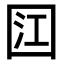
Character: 𭍟